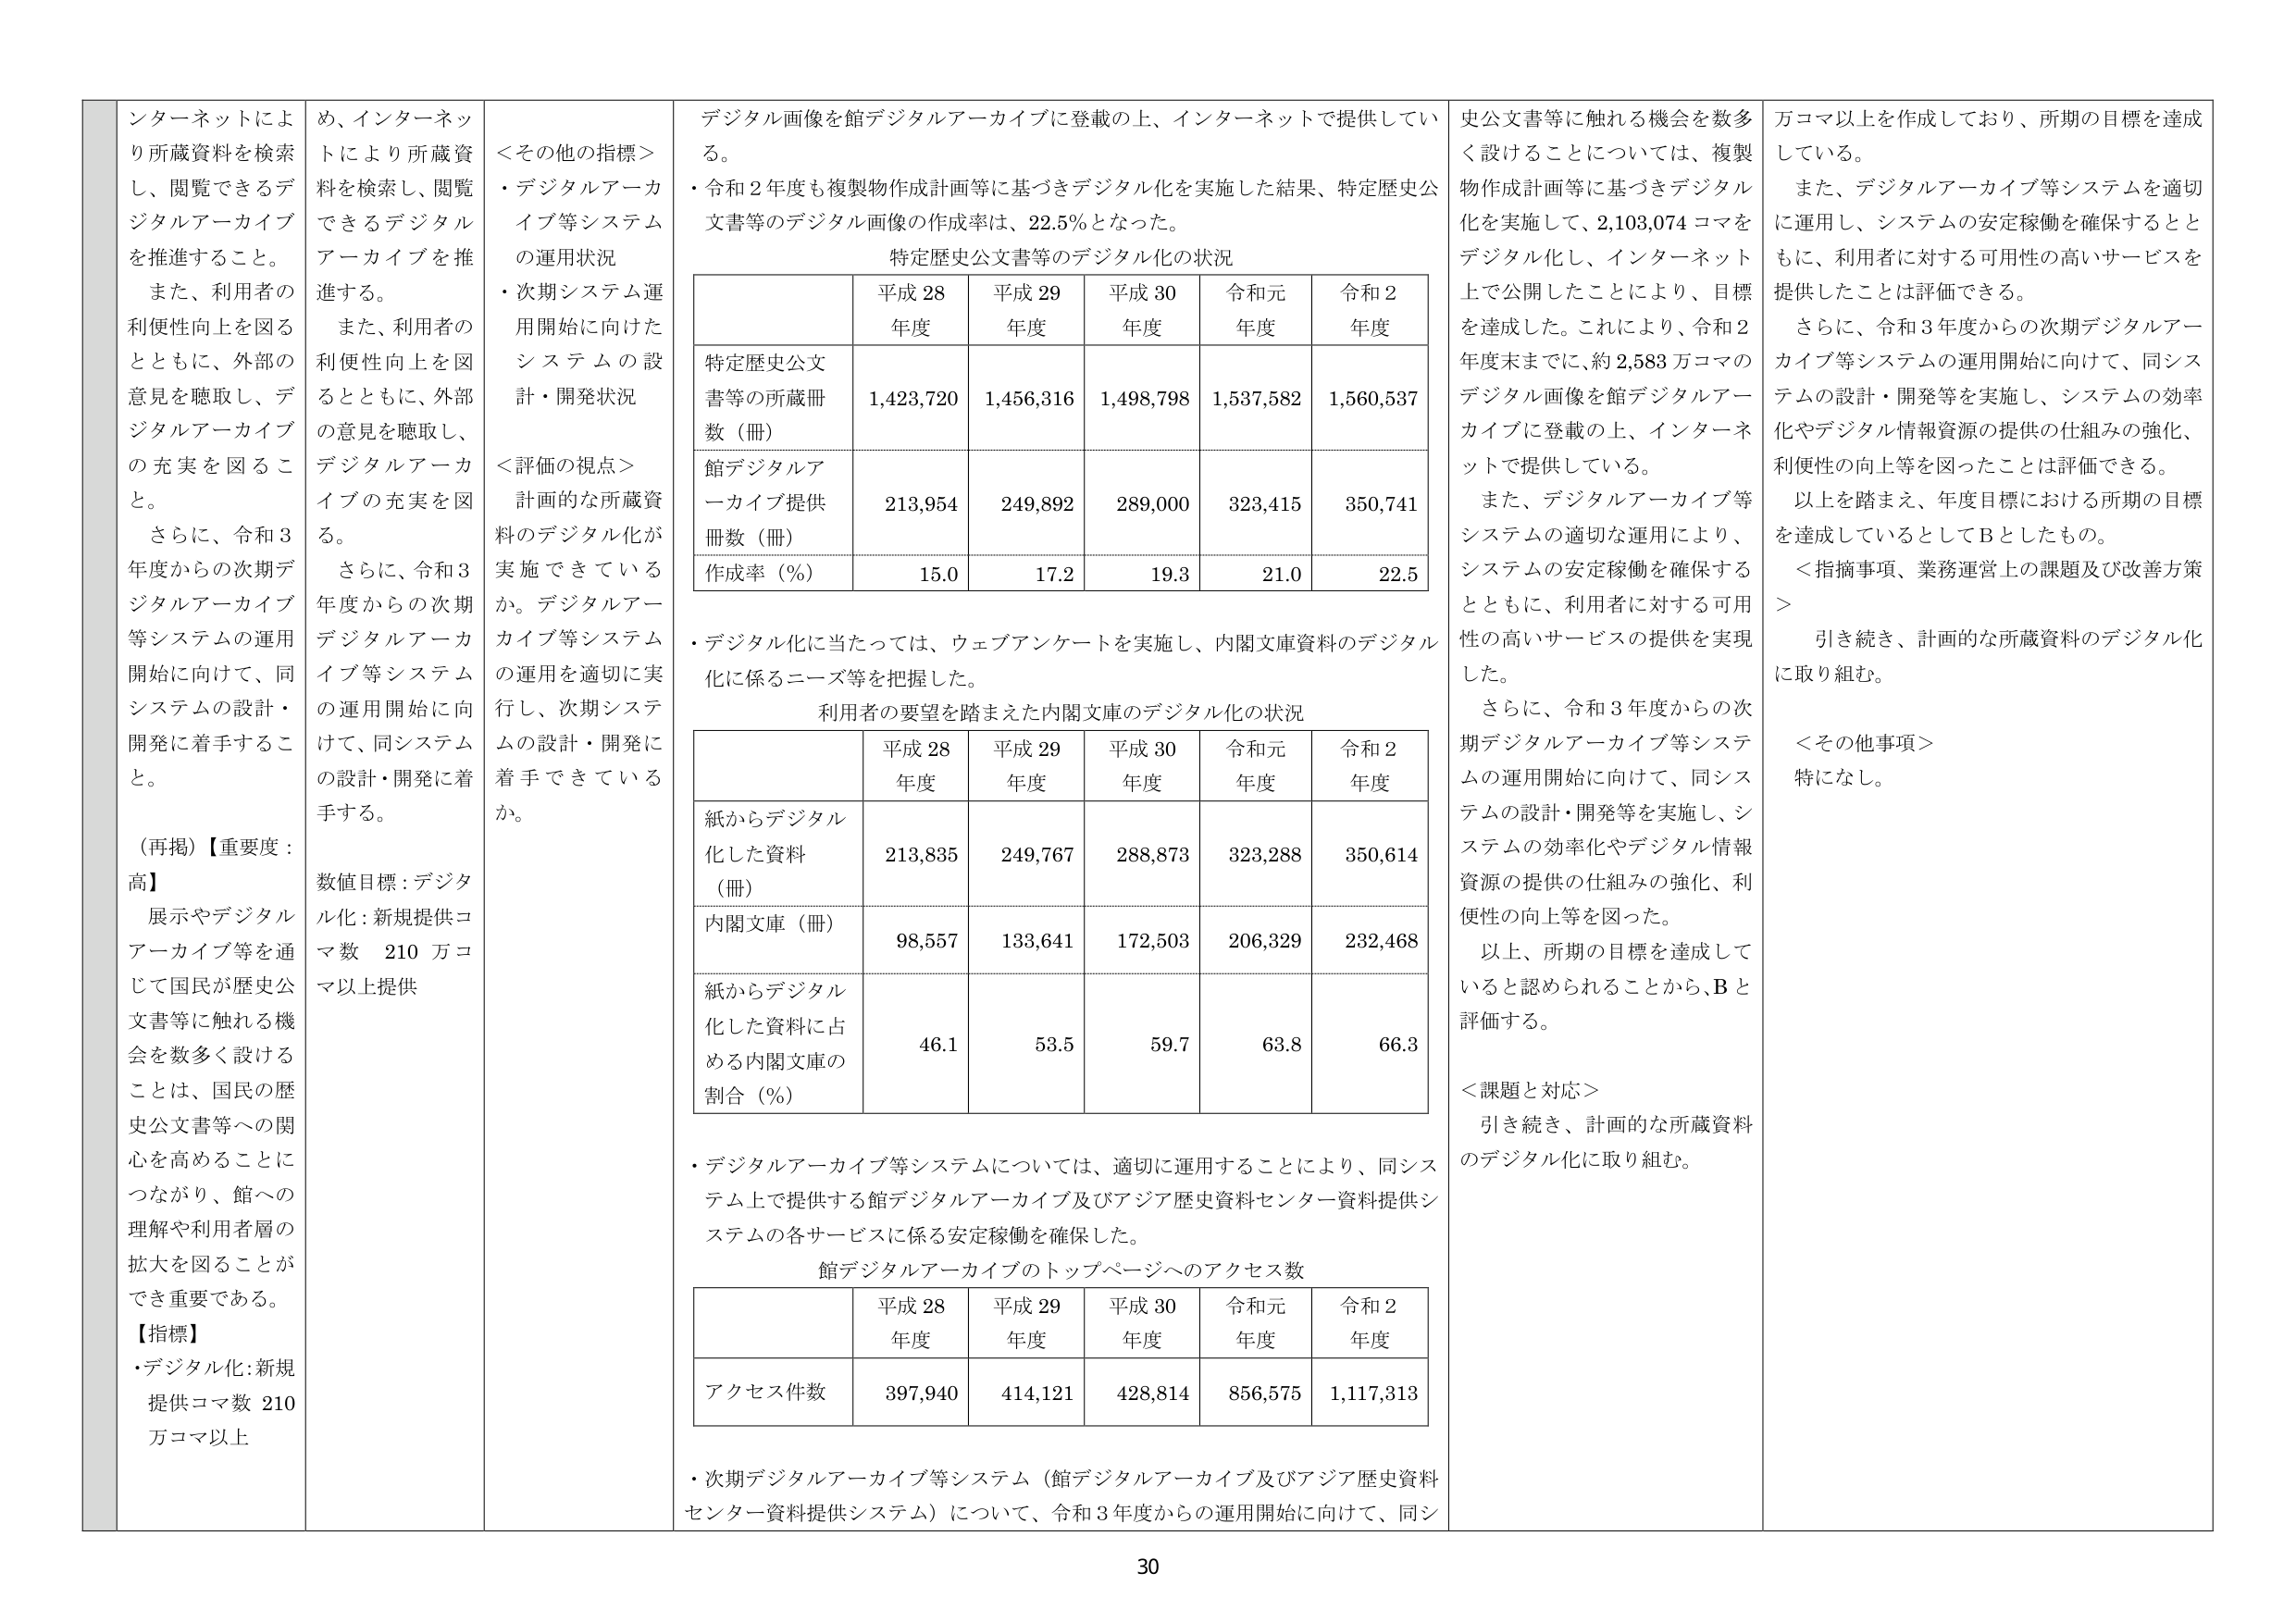
インターネットにより所蔵資料を検索し、閲覧できるデジタルアーカイブを推進すること。
また、利用者の利便性向上を図るとともに、外部の意見を聴取し、デジタルアーカイブの充実を図ること。
さらに、令和3年度からの次期デジタルアーカイブ等システムの運用開始に向けて、同システムの設計・開発に着手すること。

（再掲）【重要度：高】
展示やデジタルアーカイブ等を通じて国民が歴史公文書等に触れる機会を数多く設けることは、国民の歴史公文書等への関心を高めることにつながり、館への理解や利用者層の拡大を図ることができ重要である。

【指標】
・デジタル化：新規提供コマ数 210万コマ以上

め、インターネットにより所蔵資料を検索し、閲覧できるデジタルアーカイブを推進する。
また、利用者の利便性向上を図るとともに、外部の意見を聴取し、デジタルアーカイブの充実を図る。
さらに、令和3年度からの次期デジタルアーカイブ等システムの運用開始に向けて、同システムの設計・開発に着手する。

数値目標：デジタル化：新規提供コマ数 210万コマ以上提供

＜その他の指標＞
・デジタルアーカイブ等システムの運用状況
・次期システム運用開始に向けたシステムの設計・開発状況

＜評価の視点＞
計画的な所蔵資料のデジタル化が実施できているか。デジタルアーカイブ等システムの運用を適切に実行し、次期システムの設計・開発に着手できているか。

デジタル画像を館デジタルアーカイブに登載の上、インターネットで提供している。
・令和2年度も複製物作成計画等に基づきデジタル化を実施した結果、特定歴史公文書等のデジタル画像の作成率は、22.5％となった。

特定歴史公文書等のデジタル化の状況

| | 平成28年度 | 平成29年度 | 平成30年度 | 令和元年度 | 令和2年度 |
|---|---|---|---|---|---|
| 特定歴史公文書等の所蔵冊数（冊） | 1,423,720 | 1,456,316 | 1,498,798 | 1,537,582 | 1,560,537 |
| 館デジタルアーカイブ提供冊数（冊） | 213,954 | 249,892 | 289,000 | 323,415 | 350,741 |
| 作成率（％） | 15.0 | 17.2 | 19.3 | 21.0 | 22.5 |

・デジタル化に当たっては、ウェブアンケートを実施し、内閣文庫資料のデジタル化に係るニーズ等を把握した。

利用者の要望を踏まえた内閣文庫のデジタル化の状況

| | 平成28年度 | 平成29年度 | 平成30年度 | 令和元年度 | 令和2年度 |
|---|---|---|---|---|---|
| 紙からデジタル化した資料（冊） | 213,835 | 249,767 | 288,873 | 323,288 | 350,614 |
| 内閣文庫（冊） | 98,557 | 133,641 | 172,503 | 206,329 | 232,468 |
| 紙からデジタル化した資料に占める内閣文庫の割合（％） | 46.1 | 53.5 | 59.7 | 63.8 | 66.3 |

・デジタルアーカイブ等システムについては、適切に運用することにより、同システム上で提供する館デジタルアーカイブ及びアジア歴史資料センター資料提供システムの各サービスに係る安定稼働を確保した。

館デジタルアーカイブのトップページへのアクセス数

| | 平成28年度 | 平成29年度 | 平成30年度 | 令和元年度 | 令和2年度 |
|---|---|---|---|---|---|
| アクセス件数 | 397,940 | 414,121 | 428,814 | 856,575 | 1,117,313 |

・次期デジタルアーカイブ等システム（館デジタルアーカイブ及びアジア歴史資料センター資料提供システム）について、令和3年度からの運用開始に向けて、同シ

史公文書等に触れる機会を数多く設けることについては、複製物作成計画等に基づきデジタル化を実施して、2,103,074コマをデジタル化し、インターネット上で公開したことにより、目標を達成した。これにより、令和2年度末までに、約2,583万コマのデジタル画像を館デジタルアーカイブに登載の上、インターネットで提供している。
また、デジタルアーカイブ等システムの適切な運用により、システムの安定稼働を確保するとともに、利用者に対する可用性の高いサービスの提供を実現した。
さらに、令和3年度からの次期デジタルアーカイブ等システムの運用開始に向けて、同システムの設計・開発等を実施し、システムの効率化やデジタル情報資源の提供の仕組みの強化、利便性の向上等を図った。
以上、所期の目標を達成していると認められることから、Bと評価する。

＜課題と対応＞
引き続き、計画的な所蔵資料のデジタル化に取り組む。

万コマ以上を作成しており、所期の目標を達成している。
また、デジタルアーカイブ等システムを適切に運用し、システムの安定稼働を確保するとともに、利用者に対する可用性の高いサービスを提供したことは評価できる。
さらに、令和3年度からの次期デジタルアーカイブ等システムの運用開始に向けて、同システムの設計・開発等を実施し、システムの効率化やデジタル情報資源の提供の仕組みの強化、利便性の向上等を図ったことは評価できる。
以上を踏まえ、年度目標における所期の目標を達成しているとしてBとしたもの。

＜指摘事項、業務運営上の課題及び改善方策＞
引き続き、計画的な所蔵資料のデジタル化に取り組む。

＜その他事項＞
特になし。

30